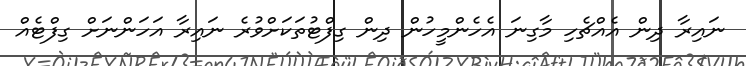
ނައިރާ ދިން އެއްޗެހި މާގިނަ އެހެންމީހުން ދިން ގިފްޓުތަކަށްވުރެ ނައިރާ އަހަންނަށް ގިފްޓެއް